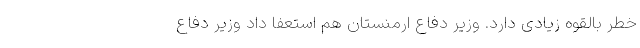
خطر بالقوه زیادی دارد. وزیر دفاع ارمنستان هم استعفا داد وزیر دفاع